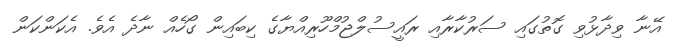
އޭނާ ވިދާޅުވި ގޮތުގައި ސަރުކާރާއި ރައީސުލްޖުމްހޫރިއްޔާގެ ކިބައިން ގޯހެއް ނާދެ އެވެ. އެކަންކަން